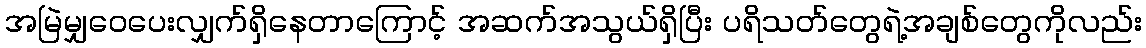
အမြဲမျှဝေပေးလျှက်ရှိနေတာကြောင့် အဆက်အသွယ်ရှိပြီး ပရိသတ်တွေရဲ့အချစ်တွေကိုလည်း